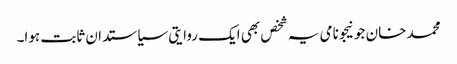
محمد خان جونیجو نامی یہ شخص بھی ایک روایتی سیاستدان ثابت ہوا۔